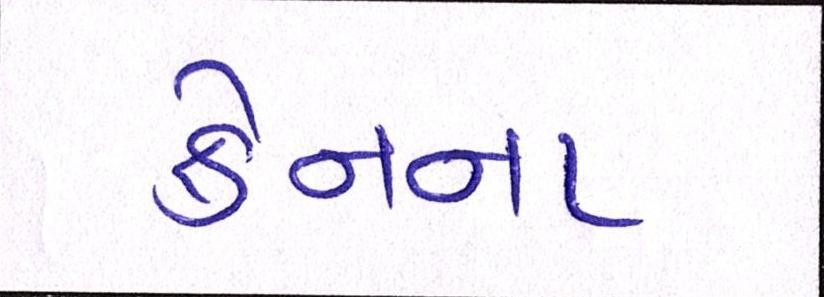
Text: ક્રેનના